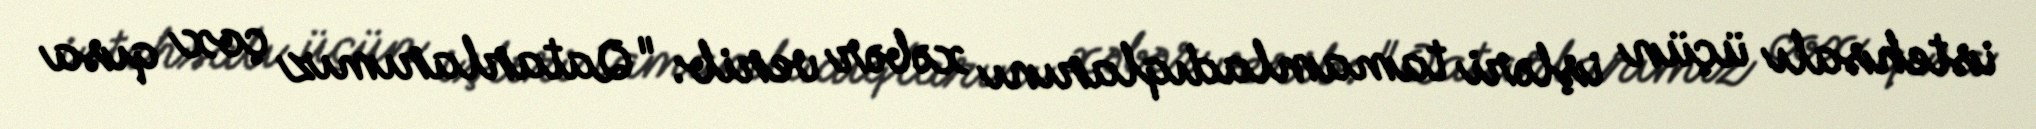
istehsalı üçün işləri tamamladıqlarını xəbər verib: "Qatarlarımız çox qısa